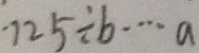
1 2 5 \div b \cdots a